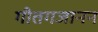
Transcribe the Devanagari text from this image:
गीतगजानन